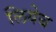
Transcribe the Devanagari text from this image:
लियेब